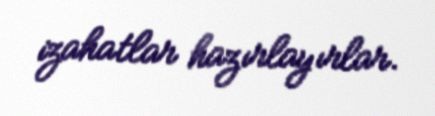
izahatlar hazırlayırlar.